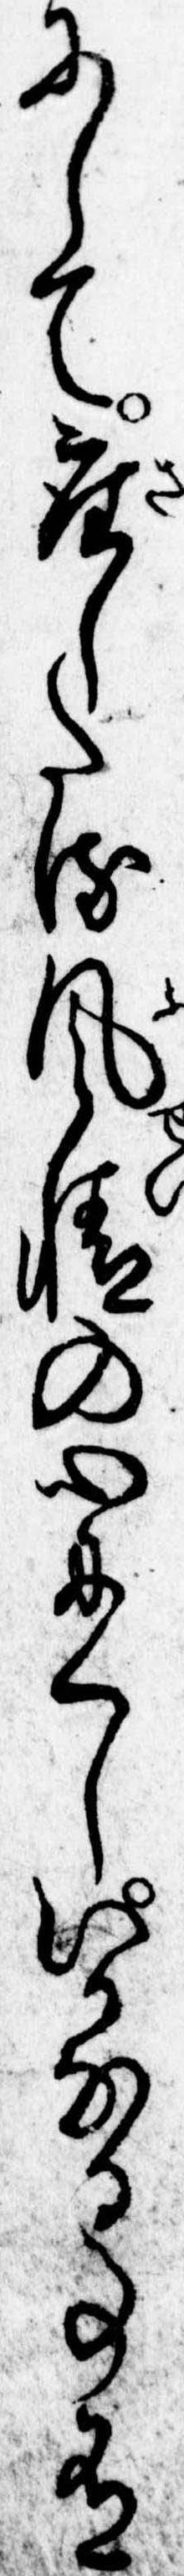
にして座したる風情の心にくしいかなる事有